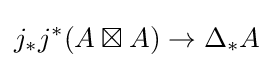
j_{*}j^{*}(A\boxtimes A)\to \Delta _{*}A